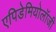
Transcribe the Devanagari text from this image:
एपिडेमियोलॉजी